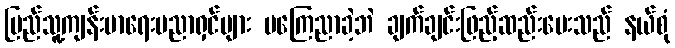
ပြည်သူ့ကျန်းမာရေးပညာရှင်များ မကြေညာခဲ့ဘဲ ချက်ချင်းဖြည့်ဆည်းပေးသည် နယ်စုံ